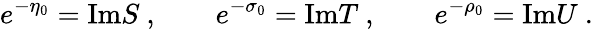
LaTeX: e^{-\eta_{0}}=\mathrm{Im}S\ ,\qquad e^{-\sigma_{0}}=\mathrm{Im}T\ ,\qquad e^{-\rho_{0}}=\mathrm{Im}U\ .